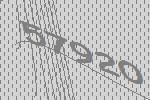
57920